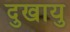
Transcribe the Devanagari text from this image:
दुखायु